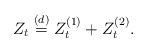
\begin{align*}Z_t\stackrel{(d)}{=}Z^{(1)}_t+Z^{(2)}_t.\end{align*}